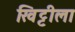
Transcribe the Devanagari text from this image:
खिट्टीला